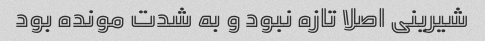
شیرینی اصلا تازه نبود و به شدت مونده بود